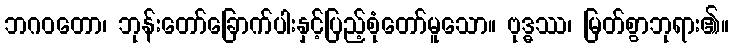
ဘဂဝတော၊ ဘုန်းတော်ခြောက်ပါးနှင့်ပြည့်စုံတော်မူသော။ ဗုဒ္ဓဿ၊ မြတ်စွာဘုရား၏။